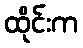
ထိုင်းက